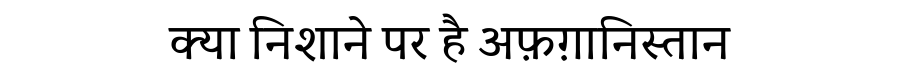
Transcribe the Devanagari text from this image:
क्या निशाने पर है अफ़ग़ानिस्तान